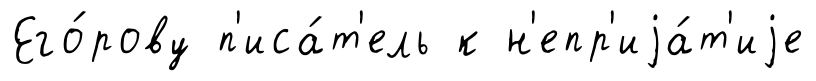
Его́рову п'иса́т'ель к н'епр'иjа́т'иjе